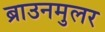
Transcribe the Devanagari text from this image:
ब्राउनमुलर